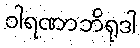
ဝါရဏာဘိရုဒါ